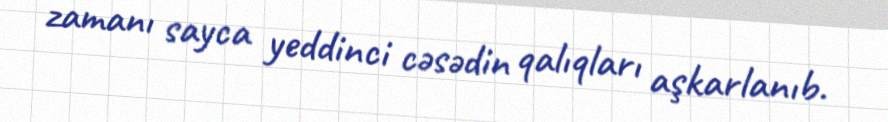
zamanı sayca yeddinci cəsədin qalıqları aşkarlanıb.